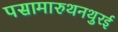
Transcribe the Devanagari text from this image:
पसामारुथनथुरई